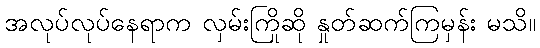
အလုပ်လုပ်နေရာက လှမ်းကြိုဆို နှုတ်ဆက်ကြမှန်း မသိ။